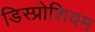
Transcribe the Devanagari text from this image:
डिस्प्रोशियम